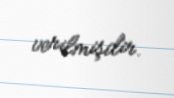
verilmişdir.